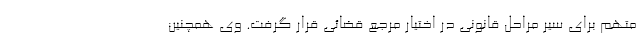
متهم برای سیر مراحل قانونی در اختیار مرجع قضائی قرار گرفت. وی همچنین